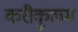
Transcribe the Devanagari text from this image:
करीकुलम